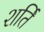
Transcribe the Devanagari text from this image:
शर्ति